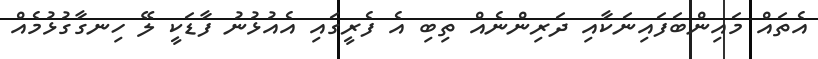
އެތައް މައިންބަފައިނަކާއި ދަރިންނެއް ތިބި އެ ފެރީގައި އެއުޅުނު ފާޑަކީ ލޭ ހިނގާގުޅުމެއް